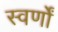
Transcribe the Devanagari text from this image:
स्वर्णों